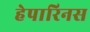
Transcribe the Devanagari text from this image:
हेपारिनस